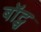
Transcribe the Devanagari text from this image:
बॉट्स